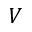
V